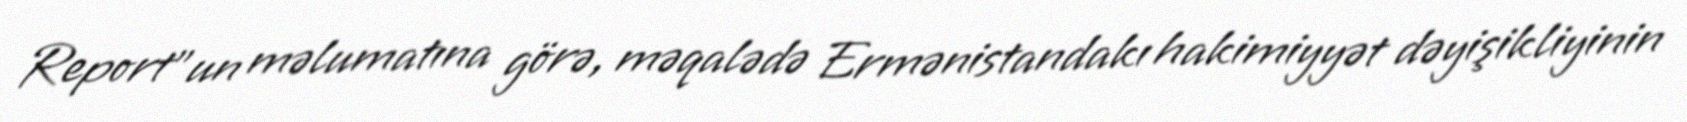
Report"un məlumatına görə, məqalədə Ermənistandakı hakimiyyət dəyişikliyinin